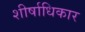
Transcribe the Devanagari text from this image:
शीर्षाधिकार